Vaccination United Provinces of Agra and Oudh 1902-1913 - 1902-1913
Year: 1902
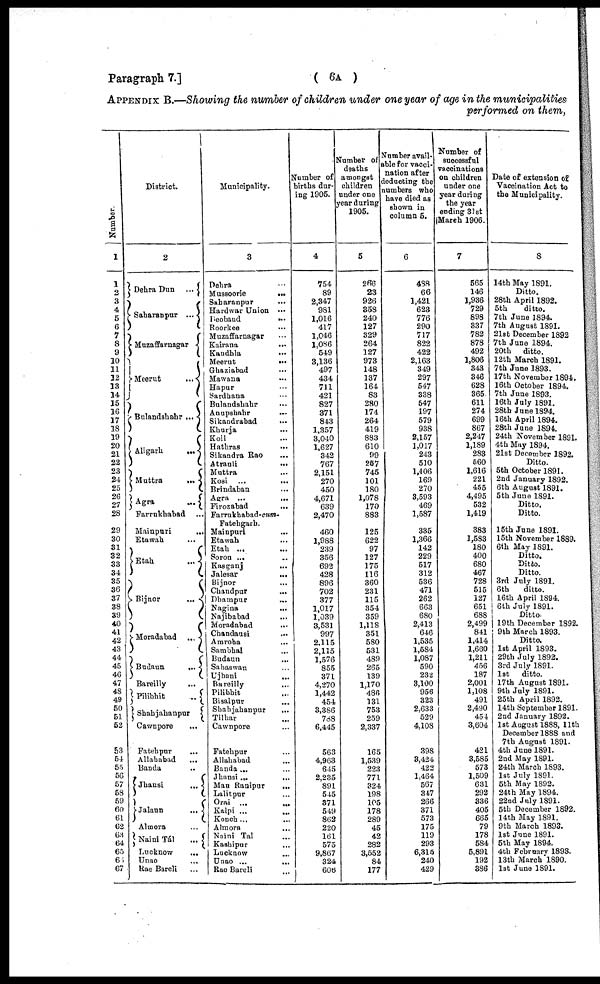
Paragraph 7.]
( 6A )
APPENDIX B.—Showing the number of children under one year of age in the municipalities
performed on them,
Number.
1
1
2
3
4
5
6
7
8
9
10
11
12
13
14
15
16
17
18
19
20
21
22
23
24
25
26
27
28
29
30
31
32
33
34
35
36
37
38
39
40
41
42
43
44
45
46
47
4S
49
50
51
52
53
54
55
56
57
58
59
60
61
62
63
64
65
66
67
District.
2
Dehra Dun ...
Saharanpur ...
Muzaffarnagar
Meerut
...
Bulandshahr ...
Aligarh
...
Muttra
...
Agra
...
Farrukhabad ...
Mainpuri
...
Etawah ...
Etah
...
Bijnor
...
Moradabad ...
Budaun
...
Bareilly ...
Pilibhit
...
Shahjahanpur
Cawnpore ...
Fatehpur ...
Allahabad ...
Banda ...
Jhansi
...
Jalaun
...
Almora ...
Naini Tál
...
Lucknow
...
Unao ...
Rae Bareli ...
Municipality.
3
Dehra ...
Mussoorie
...
Saharanpur ...
Hardwar Union ...
Deoband
...
Roorkee ...
Muzaffarnagar ...
Kairana
...
Kandhla ...
Meerut
...
Ghaziabad ...
Mawana ...
Hapur ...
Sardhana ...
Bulandshahr ...
Anupshahr
...
Sikandrabad ...
Khurja ...
Koil ...
Hathras ...
Sikandra Rao ...
Atrauli
...
Muttra ...
Kosi ... ...
Brindaban ...
Agra ...
...
Firozabad ...
Farrukhabad-cum¬
Fatehgarh.
Mainpuri ...
Etawah ...
Etah ... ...
Soron ... ...
Kasganj ...
Jalesar
...
Bijnor ...
Chandpur
...
Dhampur
...
Nagina ...
Najibabad ...
Moradabad ...
Chandausi ...
Amroha
...
Sambhal ...
Budaun
...
Sahaswan ...
Ujhani ...
Bareilly
...
Pilibhit ...
Bisalpur ...
Shahjahanpur
...
Tilhar ...
Cawnpore ...
Fatehpur ...
Allahabad ...
Banda ... ...
Jhansi ...
...
Mau Ranipur
...
Lalitpur ...
Orai ... ...
Kalpi ... ...
Konch... ...
Almora ...
Naini Tál ...
Kashipur ...
Lucknow ...
Unao ... ...
Rae Bareli ...
Number of
births dur-
ing 1905.
4
754
89
2,347
981
1,016
417
1,046
1,086
549
3,136
497
434
711
421
827
371
843
1,357
3,040
1,627
342
767
2,151
270
450
4,671
639
2,470
460
1,988
239
356
692
428
896
702
377
1,017
1,039
3,531
997
2,115
2,115
1,576
855
371
4,270
1,442
454
3,386
788
6,445
563
4,963
645
2,235
891
545
371
549
862
220
161
575
9,867
324
606
Number of
deaths
amongst
children
under one
year during
1905.
5
266
23
926
358
240
127
329
264
127
973
148
137
164
83
280
174
264
419
883
610
99
257
745
101
180
1,078
170
883
125
622
97
127
175
116
360
231
115
354
359
1,118
351
580
531
489
265
139
1,170
486
131
753
259
2,337
165
1,539
223
771
324
198
105
178
289
45
42
282
3,552
84
177
Number avail¬
able for vacci-
nation after
deducting the
numbers who
have died as
shown in
column 5.
6
488
66
1,421
623
776
290
717
822
422
2,163
349
297
547
338
547
197
579
938
2,157
1,017
243
510
1,406
169
270
3,593
469
1,587
335
1,366
142
229
517
312
536
471
262
663
680
2,413
646
1,535
1,584
1,087
590
232
3,100
956
323
2,633
529
4,108
398
3,424
422
1,464
567
347
266
371
573
175
119
293
6,315
240
429
Number of
successful
vaccinations
on children
under one
year during
the year
ending 31st
March 1906.
7
565
146
1,936
729
898
337
782
878
492
1,806
343
346
628
365
611
274
699
867
2,247
1,189
283
560
1,616
221
455
4,495
532
1,419
383
1,583
180
400
680
467
728
515
127
651
688
2,499
841
1,414
1,660
1,211
456
187
2,001
1,108
491
2,490
454
3,604
421
3,585
573
1,509
631
292
336
405
665
79
178
584
5,891
192
386
Date of extension of
Vaccination Act to
the Municipality.
8
14th May 1891.
Ditto.
28th April 1892.
5th
ditto.
7th June 1894.
7th August 1891.
21st December 1892
7th June 1894.
20th
ditto.
12th March 1891.
7th June 1893.
17th November 1894.
16th October 1894.
7th June 1893.
16th July 1891.
28th June 1894.
16th April 1894.
28th June 1894.
24th November 1891.
4th May 1894.
21st December 1892.
Ditto.
5th October 1891.
2nd January 1892.
6th August 1891.
5th June 1891.
Ditto.
Ditto.
15th June 1891.
15th November 1889.
6th May 1891.
Ditto.
Ditto.
Ditto.
3rd July 1891.
6th
ditto.
16th April 1894.
6th July 1891.
Ditto.
19th December 1892.
9th March 1893.
Ditto.
1st April 1893.
29th July 1892.
3rd July 1891.
1st
ditto.
17th August 1891.
9th July 1891.
25th April 1892.
14th September 1891.
2nd January 1892.
1st August 1888, 11th
December 1888 and
7th August 1891.
4th June 1891.
2nd May 1891.
24th March 1893.
1st July 1891.
5th May 1892.
24th May 1894.
22nd July 1891.
5th December 1892.
14th May 1891.
9th March 1893.
1st June 1891.
5th May 1894.
4th February 1893.
13th March 1890.
1st June 1891.